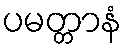
ပမတ္တာနံ